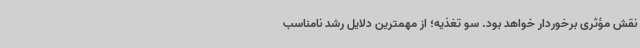
نقش مؤثری برخوردار خواهد بود. سو تغذیه؛ از مهمترین دلایل رشد نامناسب